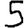
Digit: 5